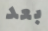
بعد